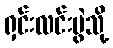
ရှင်းလင်းပွဲသို့